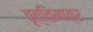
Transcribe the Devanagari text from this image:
वृत्तिमात्र